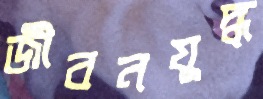
জীবনযুদ্ধ